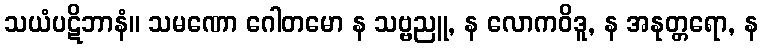
သယံပဋိဘာနံ။ သမဏော ဂေါတမော န သဗ္ဗညူ, န လောကဝိဒူ, န အနုတ္တရော, န